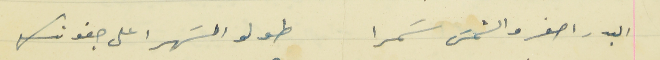
البدر اصفر والشمسَ سَمرا                                  طولو السَهرا على جفونك